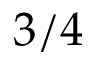
3 / 4